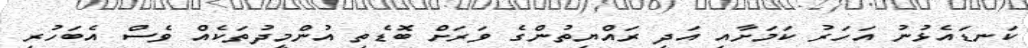
ކަނޑައެޅުނު އަހަރު ކަމަށާއި އަދި ރައްޔިތުންގެ ވަރަށް ބޮޑެތި އުންމީދުތަކެއް ވެސް އެބަހުރި